Annual administration report of the Civil Veterinary Department of India - 1896-1897
Year: 1896
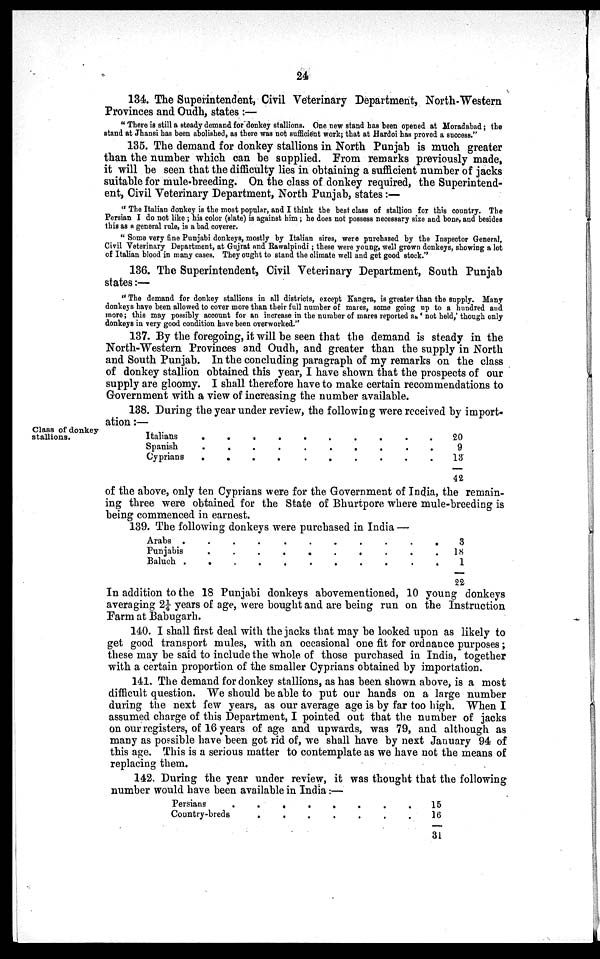
24
134. The Superintendent, Civil Veterinary Department, North-Western
Provinces and Oudh, states:—
"There is still a steady demand for donkey stallions. One new stand has been opened at Moradabad; the
stand at Jhansi has been abolished, as there was not sufficient work; that at Hardoi has proved a success."
135. The demand for donkey stallions in North Punjab is much greater
than the number which can be supplied. From remarks previously made,
it will be seen that the difficulty lies in obtaining a sufficient number of jacks
suitable for mule-breeding. On the class of donkey required, the Superintend-
ent, Civil Veterinary Department, North Punjab, states:—
"The Italian donkey is the most popular, and I think the best class of stallion for this country. The
Persian I do not like; his color (slate) is against him; he does not possess necessary size and bone, and besides
this as a general rule, is a bad coverer.
"Some very fine Punjabi donkeys, mostly by Italian sires, were purchased by the Inspector General,
Civil Veterinary Department, at Gujrat and Rawalpindi; these were young, well grown donkeys, showing a lot
of Italian blood in many cases. They ought to stand the climate well and get good stock."
136. The Superintendent, Civil Veterinary Department, South Punjab
states:—
"The demand for donkey stallions in all districts, except Kangra, is greater than the supply. Many
donkeys have been allowed to cover more than their full number of mares, some going up to a hundred and
more; this may possibly account for an increase in the number of mares reported as 'not held,' though only
donkeys in very good condition have been overworked."
137. By the foregoing, it will be seen that the demand is steady in the
North-Western Provinces and Oudh, and greater than the supply in North
and South Punjab. In the concluding paragraph of my remarks on the class
of donkey stallion obtained this year, I have shown that the prospects of our
supply are gloomy. I shall therefore have to make certain recommendations to
Government with a view of increasing the number available.
Class of donkey
stallions.
138. During the year under review, the following were received by import-
ation:—
Italians
Spanish
Cyprians
.
.
.
.
.
.
.
.
.
.
.
.
.
.
.
.
.
.
.
.
.
.
.
.
.
.
.
.
.
.
20
9
13
42
of the above, only ten Cyprians were for the Government of India, the remain-
ing three were obtained for the State of Bhurtpore where mule-breeding is
being commenced in earnest.
139. The following donkeys were purchased in India —
Arabs .
Punjabis
Baluch
.
.
.
.
.
.
.
.
.
.
.
.
.
.
.
.
.
.
.
.
.
.
.
.
.
.
.
.
.
.
3
18
1
22
In addition to the 18 Punjabi donkeys abovementioned, 10 young donkeys
averaging 2¼ years of age, were bought and are being run on the Instruction
Farm at Babugarh.
140. I shall first deal with the jacks that may be looked upon as likely to
get good transport mules, with an occasional one fit for ordnance purposes;
these may be said to include the whole of those purchased in India, together
with a certain proportion of the smaller Cyprians obtained by importation.
141. The demand for donkey stallions, as has been shown above, is a most
difficult question. We should be able to put our hands on a large number
during the next few years, as our average age is by far too high. When I
assumed charge of this Department, I pointed out that the number of jacks
on our registers, of 16 years of age and upwards, was 79, and although as
many as possible have been got rid of, we shall have by next January 94 of
this age. This is a serious matter to contemplate as we have not the means of
replacing them.
142. During the year under review, it was thought that the following
number would have been available in India:—
Persians
Country-breds
.
.
.
.
.
.
.
.
.
.
.
.
.
.
15
16
31